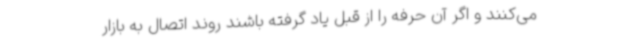
می‌کنند و اگر آن حرفه را از قبل یاد گرفته باشند روند اتصال به بازار